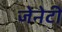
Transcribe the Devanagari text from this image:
जेनेटी